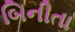
બિનીતા